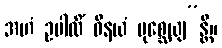
အဟံ ဥပါလိံ ဝိနယံ ပုစ္ဆေယျ”န္တိ။